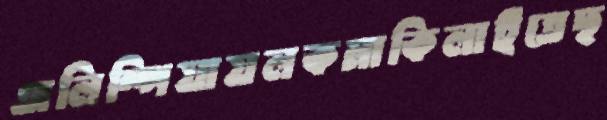
অলিম্পিয়ায়লকমাকিলাইতেছ